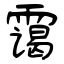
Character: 霭